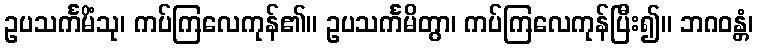
ဥပသင်္ကမိံသု၊ ကပ်ကြလေကုန်၏။ ဥပသင်္ကမိတွာ၊ ကပ်ကြလေကုန်ပြီး၍။ ဘဂဝန္တံ၊